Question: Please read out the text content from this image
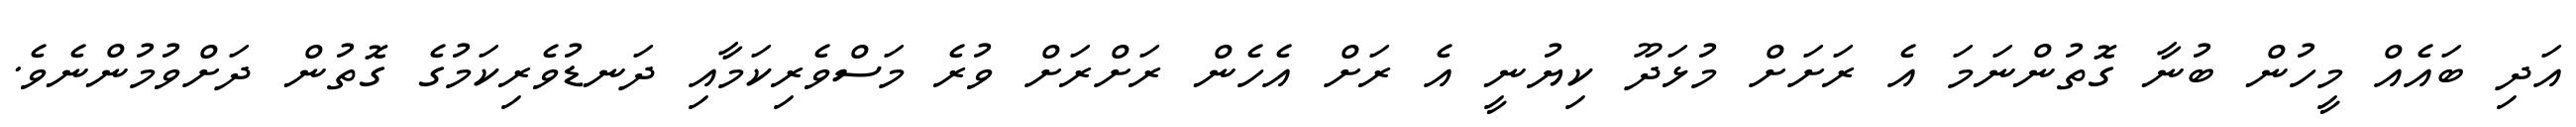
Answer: އަދި ބައެއް މީހުން ބުނާ ގޮތުންނަމަ އެ ރަށަށް މުޅަދޫ ކިޔުނީ އެ ރަށް އެހެން ރަށްރަށް ވުރެ މަސްވެރިކަމާއި ދަނޑުވެރިކަމުގެ ގޮތުން ދަށްވުމުންނެވެ.